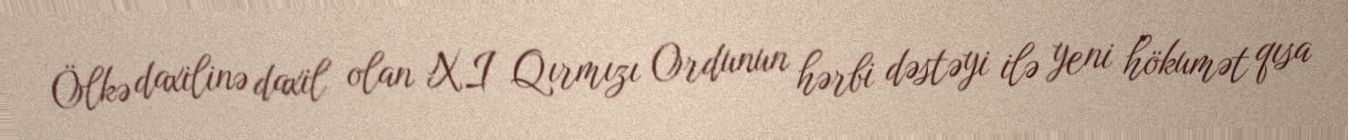
Ölkə daxilinə daxil olan XI Qırmızı Ordunun hərbi dəstəyi ilə yeni hökumət qısa